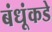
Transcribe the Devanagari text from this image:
बंधूंकडे